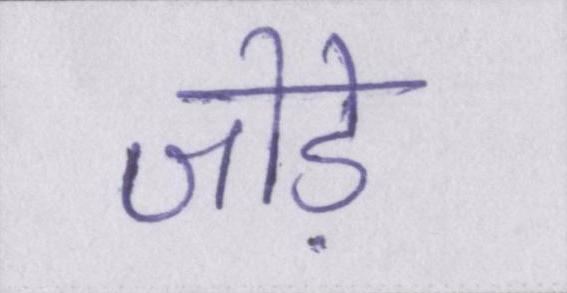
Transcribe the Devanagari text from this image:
जोड़े